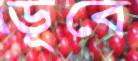
ডূবে